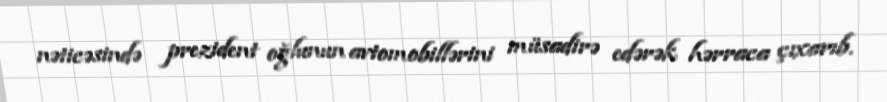
nəticəsində prezident oğlunun avtomobillərini müsadirə edərək hərraca çıxarıb.